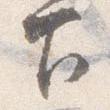
下